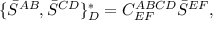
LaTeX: \{ \bar { S } ^ { A B } , \bar { S } ^ { C D } \} _ { D } ^ { \ast } = C _ { E F } ^ { A B C D } \bar { S } ^ { E F } ,